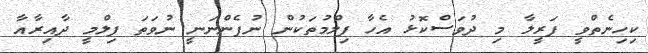
ކިހިނެތްވީ ފަރީލާ މި ދުވަސްކޮޅު އެހާ ފިލްމުތަކުން ނުފެންނަނީ ނުވަތަ ފިލްމީ ދާއިރާއާ